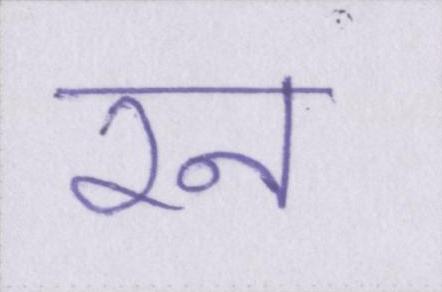
रन